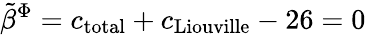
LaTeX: {\tilde{\beta}}^{\Phi}=c_{\mathrm{total}}+c_{\mathrm{Liouville}}-26=0